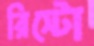
রিস্টো